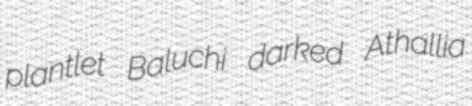
plantlet Baluchi darked Athallia